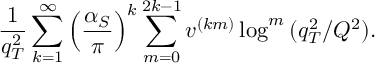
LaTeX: \frac { 1 } { q _ { T } ^ { 2 } } \sum _ { k = 1 } ^ { \infty } \left( \frac { \alpha _ { S } } { \pi } \right) ^ { k } \sum _ { m = 0 } ^ { 2 k - 1 } v ^ { ( k m ) } \log ^ { m } { ( q _ { T } ^ { 2 } / Q ^ { 2 } ) } .